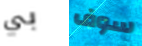
بي سوف